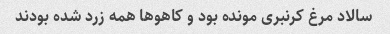
سالاد مرغ کرنبری مونده بود و کاهوها همه زرد شده بودند